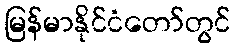
မြန်မာနိုင်ငံတော်တွင်